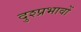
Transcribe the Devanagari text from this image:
दुश्प्रभावों